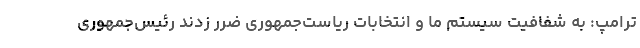
ترامپ: به شفافیت سیستم ما و انتخابات ریاست‌جمهوری ضرر زدند رئیس‌جمهوری